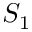
S _ { 1 }